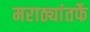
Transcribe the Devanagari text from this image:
मराठ्यांतर्फे